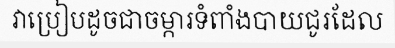
វាប្រៀបដូចជាចម្ការទំពាំងបាយជូរដែល